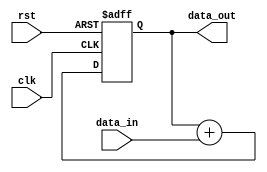
module Pipeline_Accumulator(
    input wire clk,
    input wire rst,
    input wire [31:0] data_in,
    output wire [31:0] data_out
);

reg [31:0] accumulator;

always @(posedge clk or posedge rst) begin
    if (rst) begin
        accumulator <= 32'b0;
    end else begin
        accumulator <= accumulator + data_in;
    end
end

assign data_out = accumulator;

endmodule